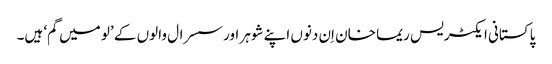
پاکستانی ایکٹریس ریما خان اِن دنوں اپنے شوہر اور سسرال والوں کے ’لو میں گم‘ ہیں۔